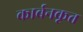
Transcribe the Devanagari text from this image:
कार्बनकृत